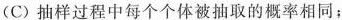
(C)抽样过程中每个个体被抽取的概率相同；